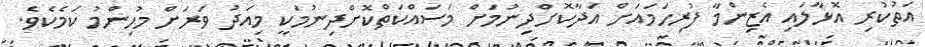
އަތުކުރި އޮޅާލައި އެޒިންމާ ފުރިހަމައަށް އަދާކޮށްދިނުމަށް މަސައްކަތްކޮށްދިނުމަކީ މިއަދު ވަރަށް މުހިންމު ކަމެކެވެ.